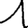
Digit: 1